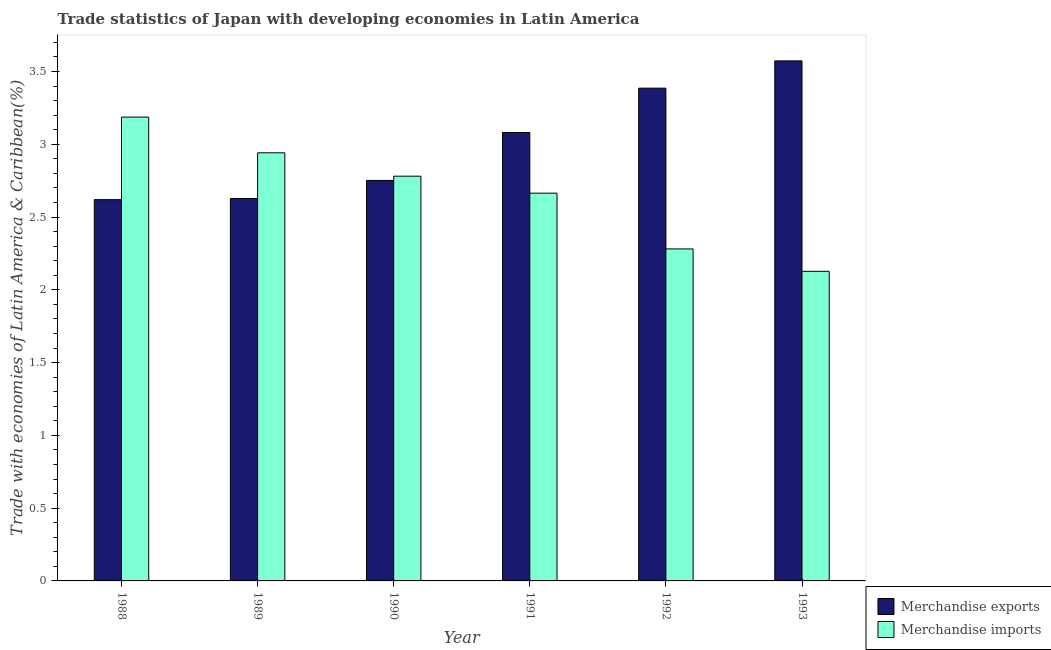
| Year | Merchandise exports | Merchandise imports |
 | --- | --- | --- |
 | 1988 | 2.62 | 3.19 |
 | 1989 | 2.63 | 2.94 |
 | 1990 | 2.75 | 2.78 |
 | 1991 | 3.08 | 2.66 |
 | 1992 | 3.39 | 2.28 |
 | 1993 | 3.57 | 2.13 |